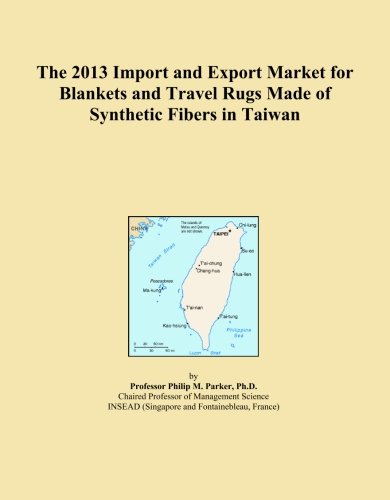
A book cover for The 2013 Import and Export Market for Blankets and Travel Rugs Made of Synthetic Fibers in Taiwan; Icon Group International; Travel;